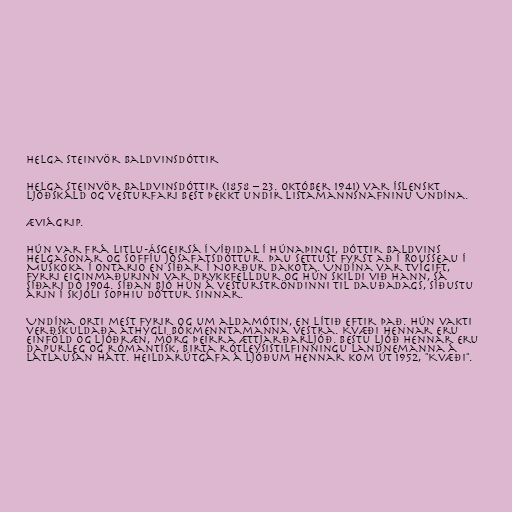
Helga Steinvör Baldvinsdóttir

Helga Steinvör Baldvinsdóttir (1858 – 23. október 1941) var íslenskt
ljóðskáld og vesturfari best þekkt undir listamannsnafninu Undína.

Æviágrip.

Hún var frá Litlu-Ásgeirsá í Víðidal í Húnaþingi, dóttir Baldvins
Helgasonar og Soffíu Jósafatsdóttur. Þau settust fyrst að í Rousseau í
Muskoka í Ontario en síðar í Norður Dakota. Undína var tvígift,
fyrri eiginmaðurinn var drykkfelldur og hún skildi við hann, sá
síðari dó 1904. Síðan bjó hún á vesturströndinni til dauðadags, síðustu
árin í skjóli Sophiu dóttur sinnar.

Undína orti mest fyrir og um aldamótin, en lítið eftir það. Hún vakti
verðskuldaða athygli bókmenntamanna vestra. Kvæði hennar eru
einföld og ljóðræn, mörg þeirra ættjarðarljóð. Bestu ljóð hennar eru
dapurleg og rómantísk, birta rótleysistilfinningu landnemanna á
látlausan hátt. Heildarútgáfa á ljóðum hennar kom út 1952, "Kvæði".